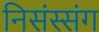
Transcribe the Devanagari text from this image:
निसंस्संग